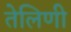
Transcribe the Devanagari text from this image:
तेलिणी